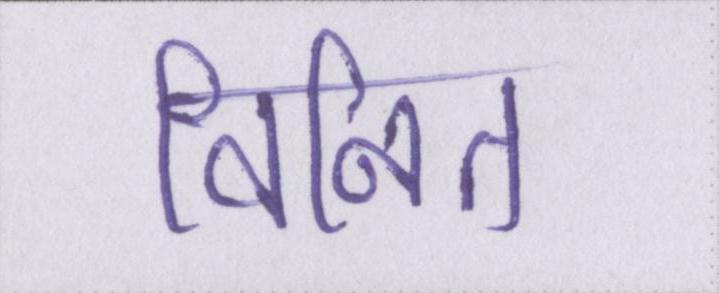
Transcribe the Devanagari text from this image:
विनित